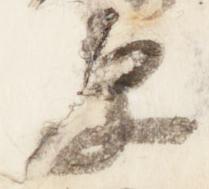
原